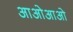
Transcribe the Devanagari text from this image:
आओआओ